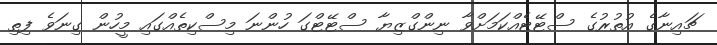
ޗައިނާގެ އުތުރުގެ ސްޓޭޓެއްކަމަށްވާ ނިންގްޒިޔާ ސްޓޭޓްގަ ހުންނަ މިސްކިތެއްގައި މީހުން ގިނަވެ ފިތި